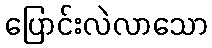
ပြောင်းလဲလာသော